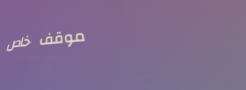
موقف خاص